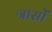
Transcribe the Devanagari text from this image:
त्रासों